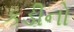
કડીનો